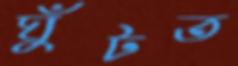
ঘুঁটত